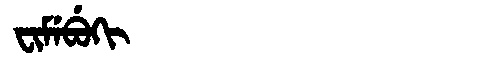
Manchu: ᠸᡳᠮᡝᠪᡠᡴᡳ
Romanization: FIMEBUKI